DOW-UAP-D54, Mission Report, Mediterranean Sea, NA
Agency: Department of War
Incident location: Mediterranean Sea
Page 7
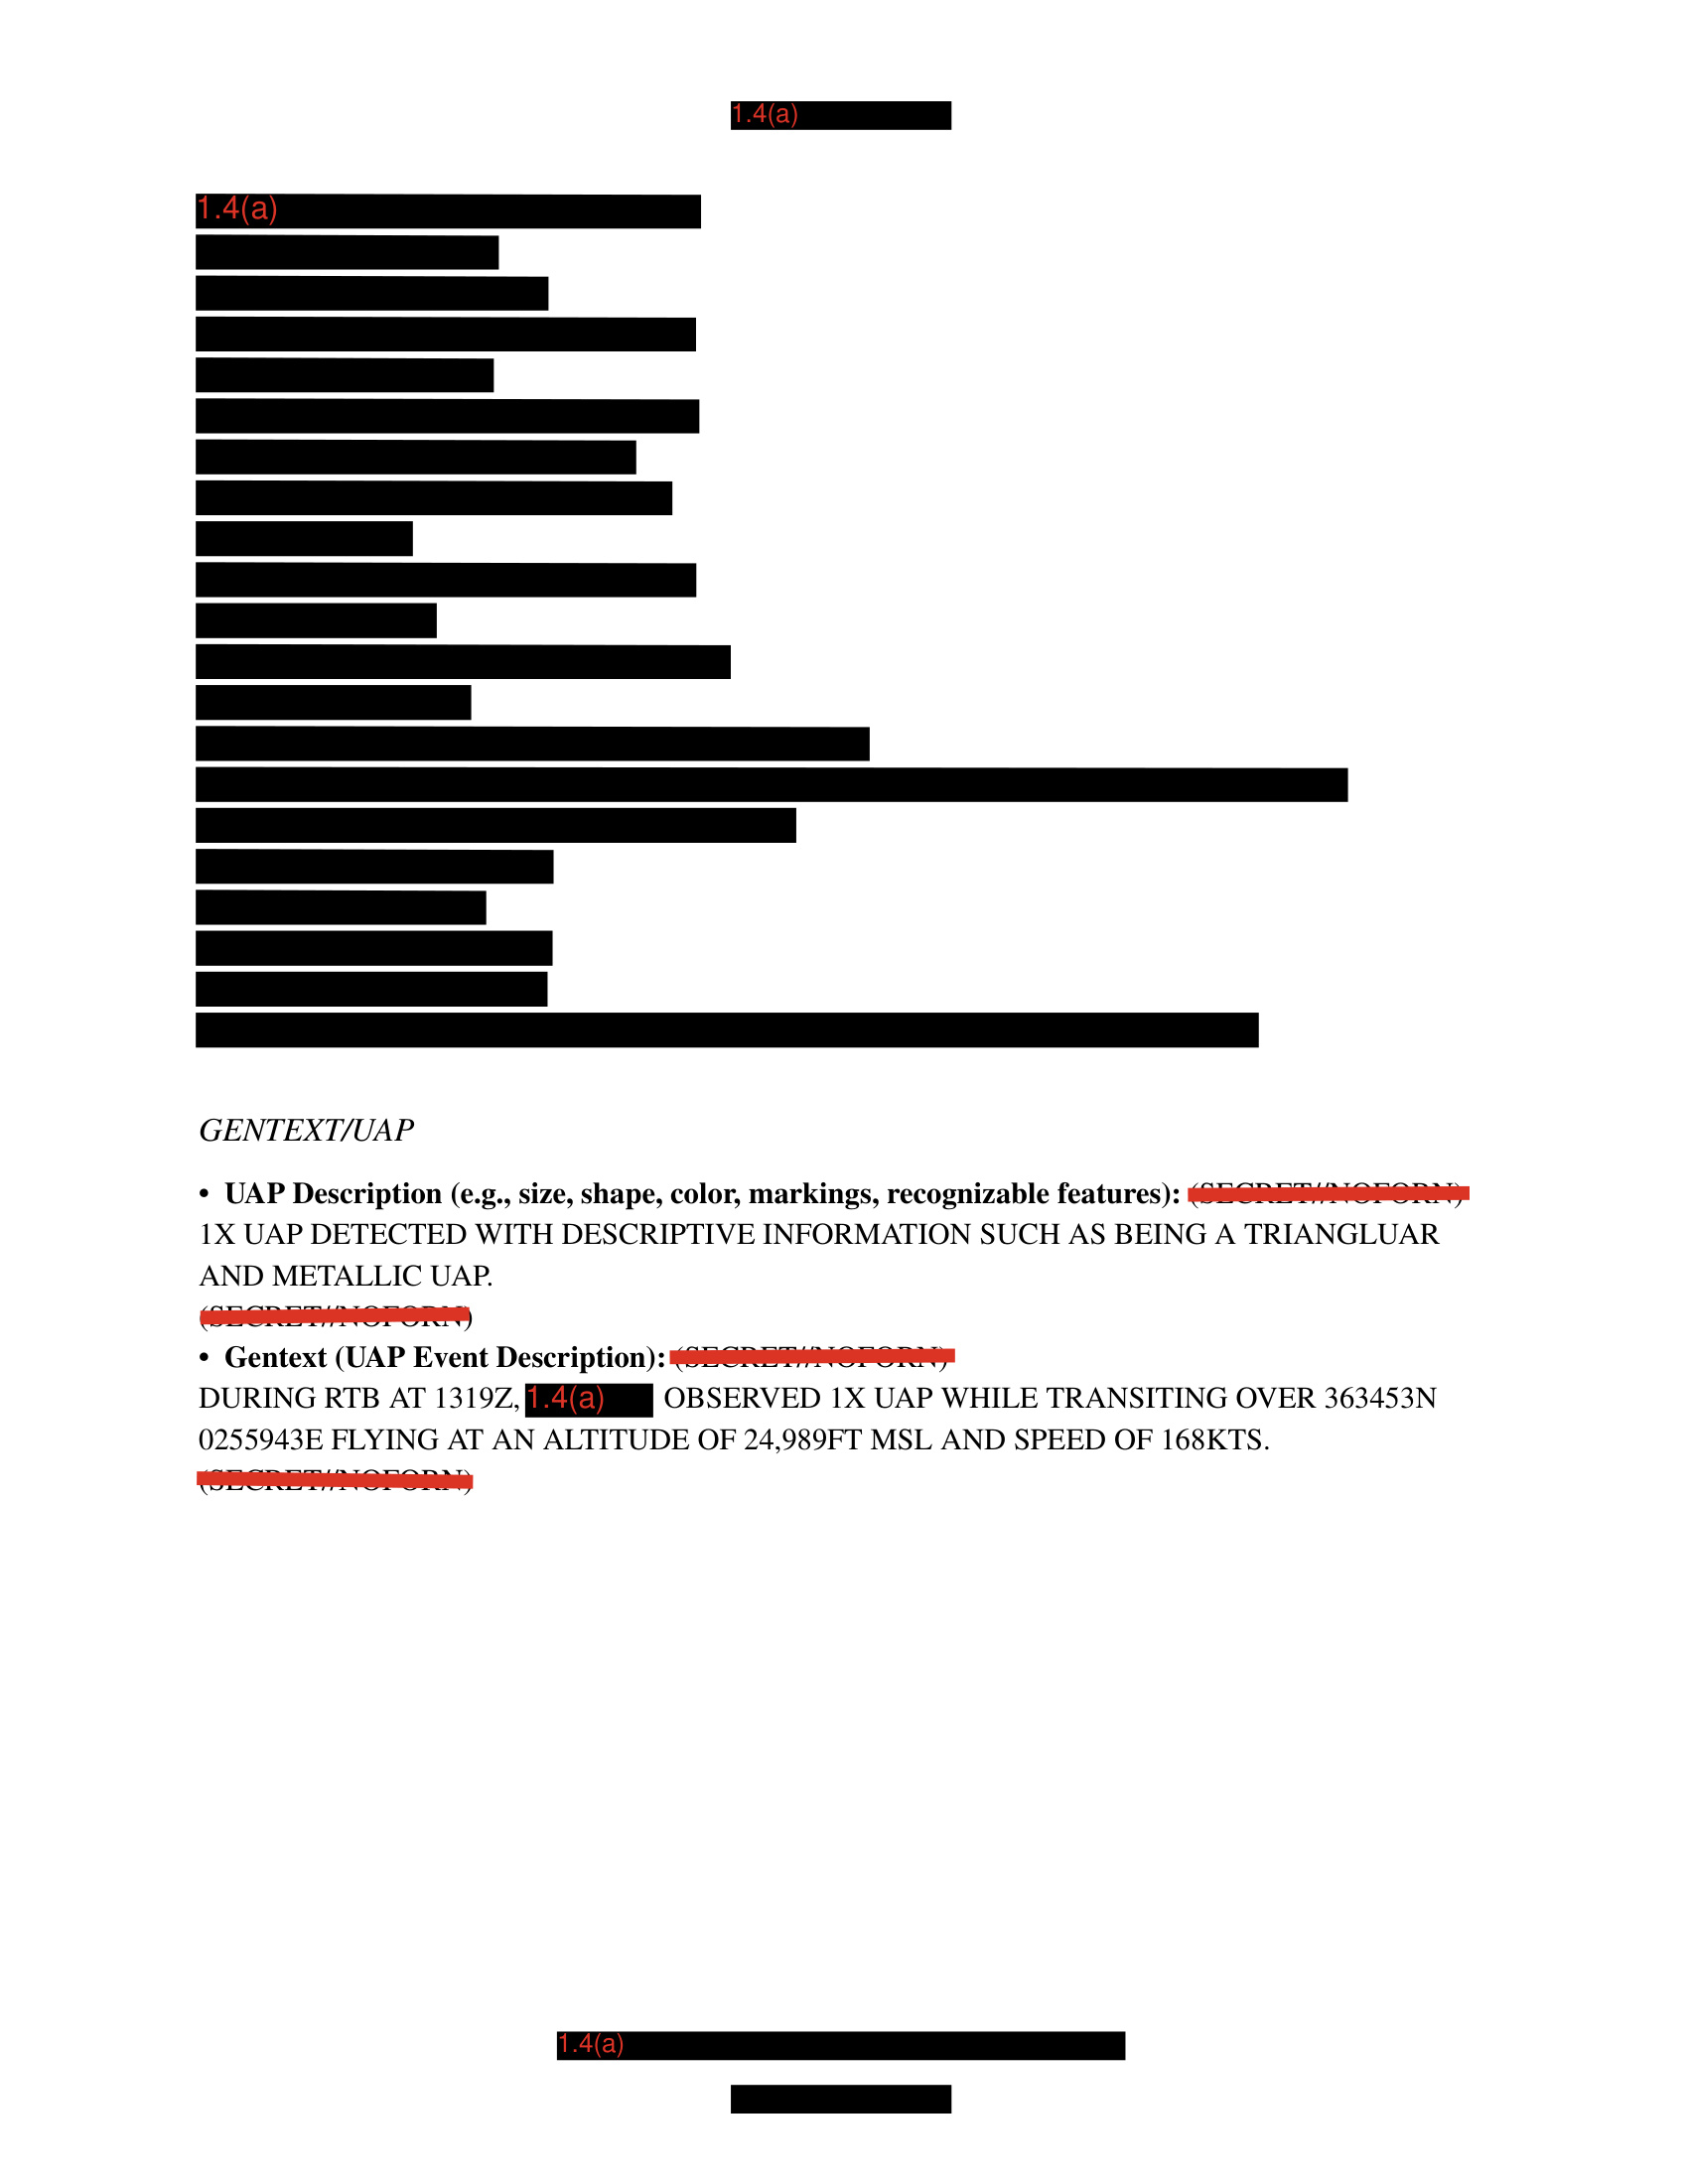